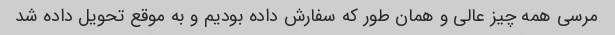
مرسی همه چیز عالی و همان طور که سفارش داده بودیم و به موقع تحویل داده شد